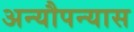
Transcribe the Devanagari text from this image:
अन्यौपन्यास